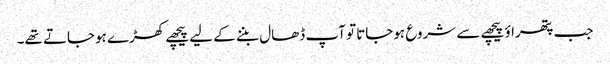
جب پتھراؤ پیچھے سے شروع ہوجاتا تو آپ ڈھال بننے کے لیے پیچھے کھڑے ہوجاتے تھے۔